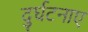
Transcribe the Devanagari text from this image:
दुर्घटनाए